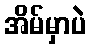
အိမ်မှာပဲ